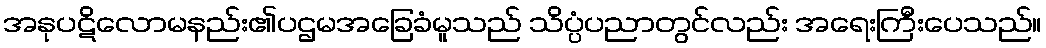
အနုပဋိလောမနည်း၏ပဌမအခြေခံမူသည် သိပ္ပံပညာတွင်လည်း အရေးကြီးပေသည်။